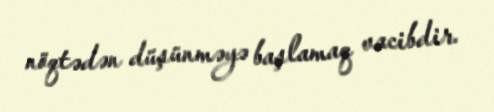
nöqtədən düşünməyə başlamaq vacibdir.